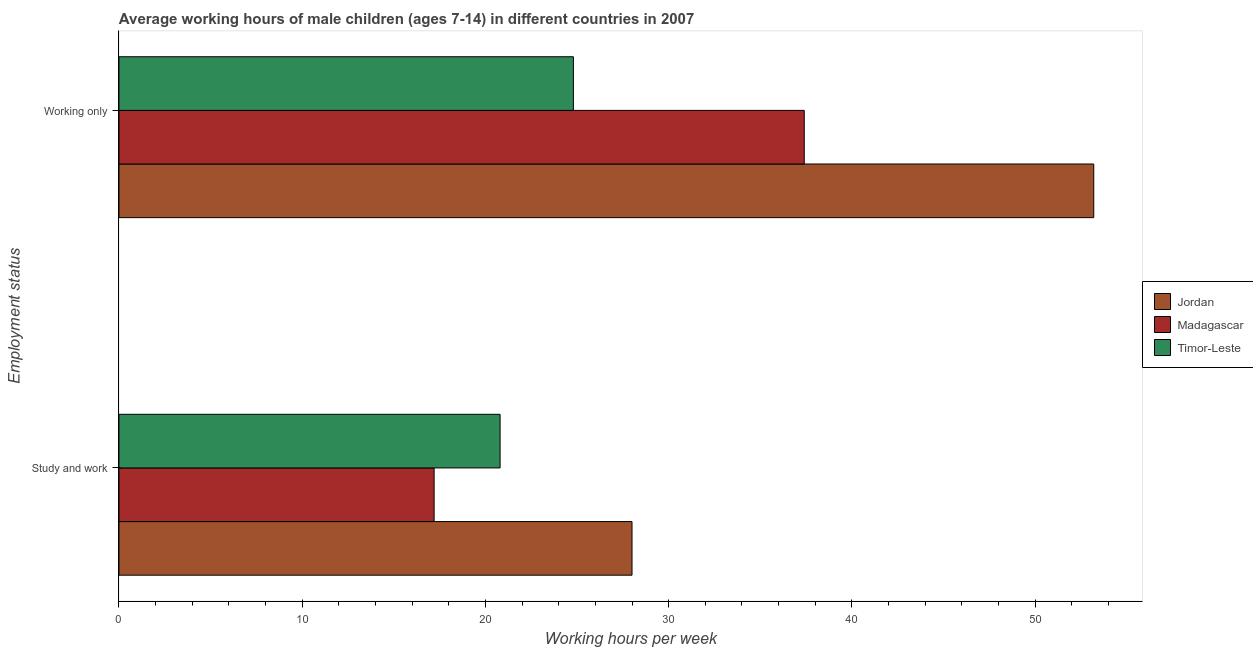
| Employment status | Jordan | Madagascar | Timor-Leste |
 | --- | --- | --- | --- |
 | Study and work | 28 | 17.2 | 20.8 |
 | Working only | 53.2 | 37.4 | 24.8 |